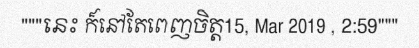
"""នេះ ក៏នៅតែពេញចិត្ត15, Mar 2019 , 2:59"""